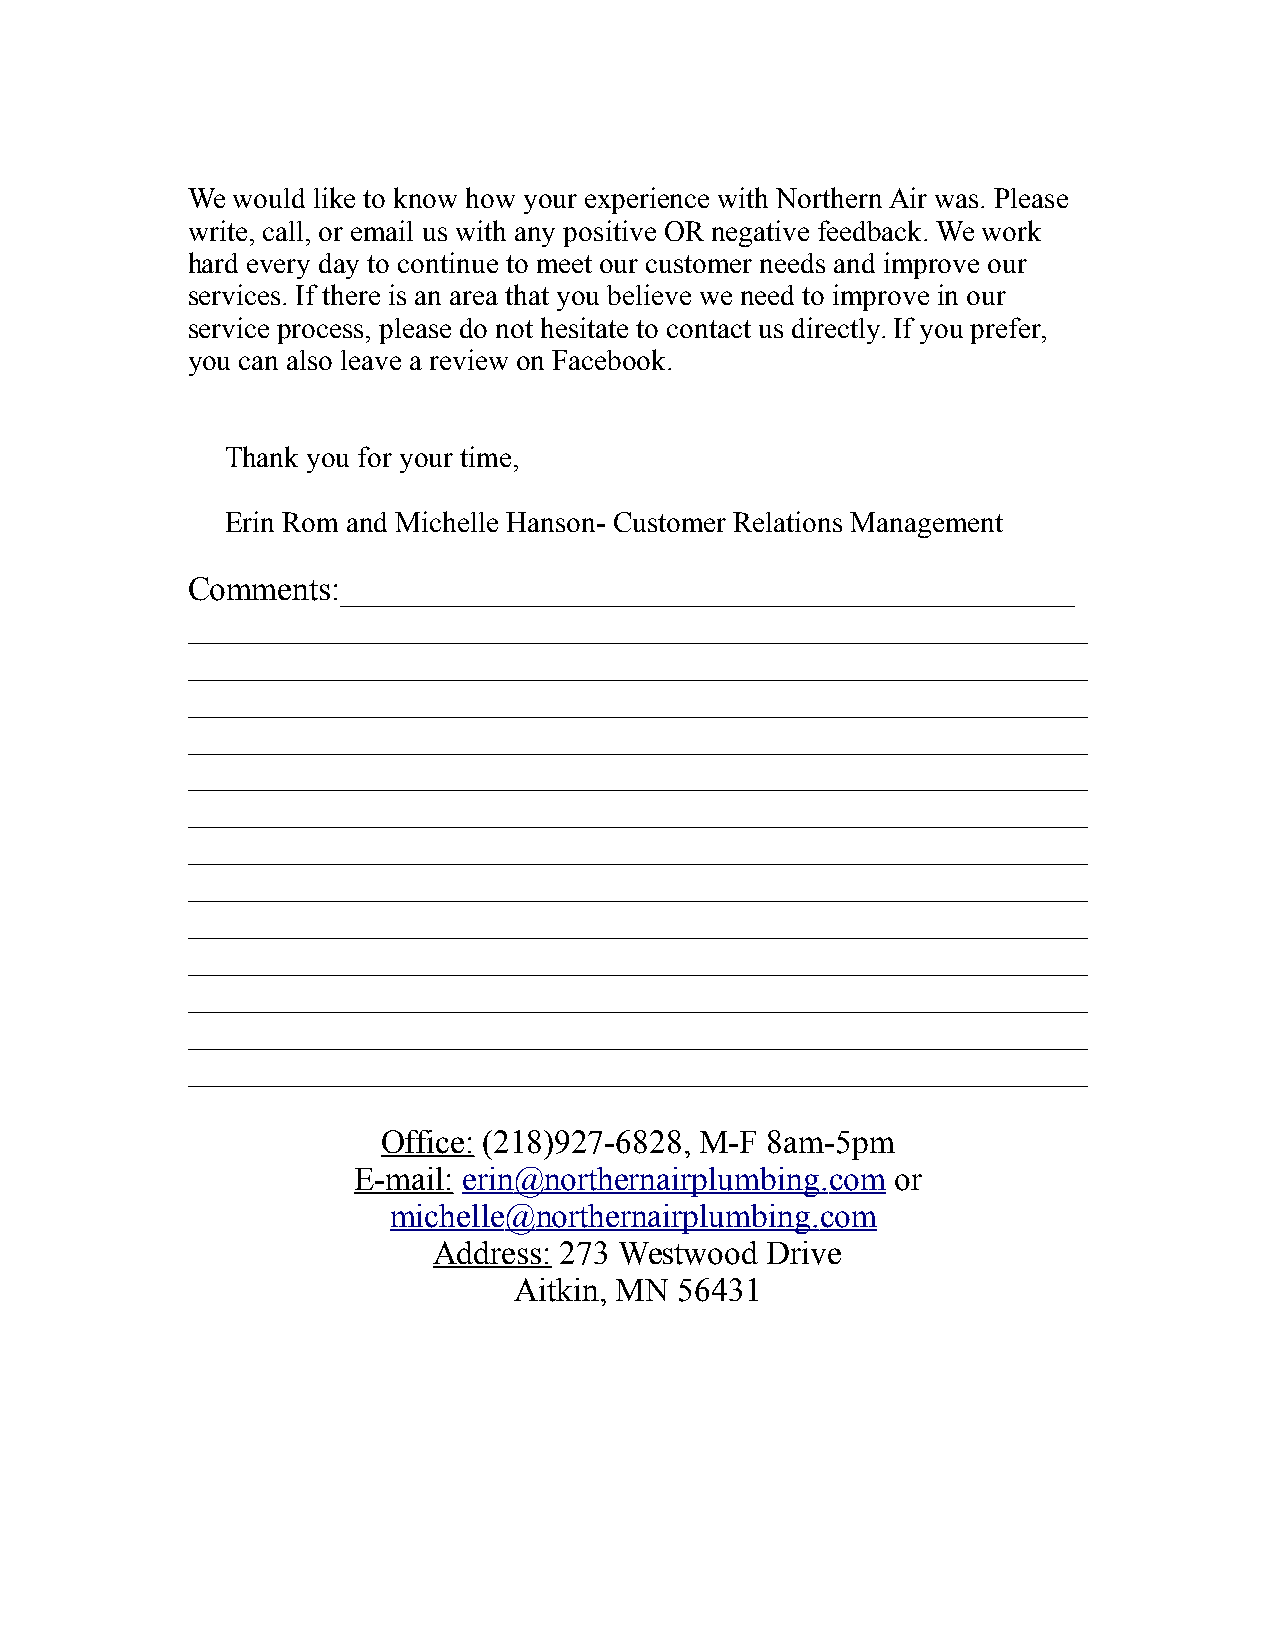
We would like to know how your experience with Northern Air was. Please
 write, call, or email us with any positive OR negative feedback. We work
 hard every day to continue to meet our customer needs and improve our
 services. If there is an area that you believe we need to improve in our
 service process, please do not hesitate to contact us directly. If you prefer,
 you can also leave a review on Facebook.
 Thank you for your time,
 Erin Rom and Michelle Hanson- Customer Relations Management
 Comments:____________________________________________
 ______________________________________________________
 ______________________________________________________
 ______________________________________________________
 ______________________________________________________
 ______________________________________________________
 ______________________________________________________
 ______________________________________________________
 ______________________________________________________
 ______________________________________________________
 ______________________________________________________
 ______________________________________________________
 ______________________________________________________
 ______________________________________________________
 Office: (218)927-6828, M-F 8am-5pm
 E-mail: erin @ northernairplumbing .com or
 michelle @ northernairplumbing .com
 Address: 273 Westwood Drive
 Aitkin, MN 56431